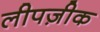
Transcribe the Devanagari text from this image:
लीपज़ीक